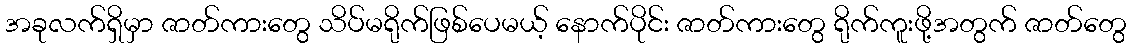
အခုလက်ရှိမှာ ဇာတ်ကားတွေ သိပ်မရိုက်ဖြစ်ပေမယ့် နောက်ပိုင်း ဇာတ်ကားတွေ ရိုက်ကူးဖို့အတွက် ဇာတ်တွေ